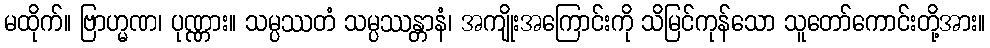
မထိုက်။ ဗြာဟ္မဏ၊ ပုဏ္ဏား။ သမ္ပဿတံ သမ္ပဿန္တာနံ၊ အကျိုးအကြောင်းကို သိမြင်ကုန်သော သူတော်ကောင်းတို့အား။